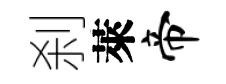
刹萊帝